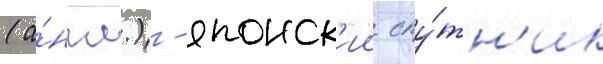
(а́нгл.) - японск'ии спу́тн'ик